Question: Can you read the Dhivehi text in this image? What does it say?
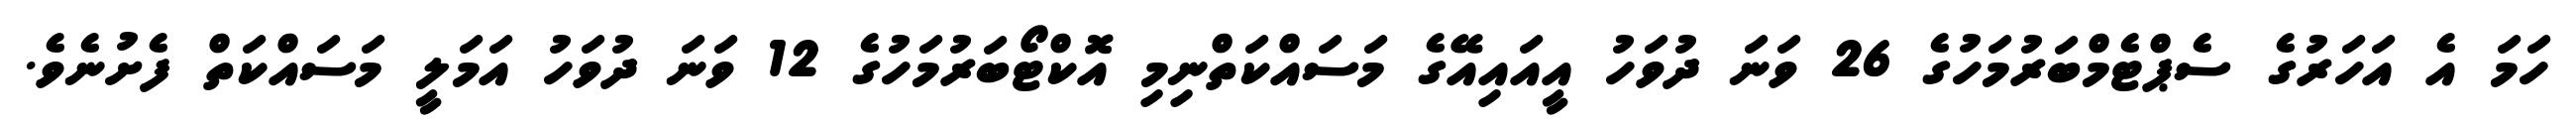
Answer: ހަމަ އެ އަހަރުގެ ސެޕްޓެމްބަރުމަހުގެ 26 ވަނަ ދުވަހު އީއައިއޭގެ މަސައްކަތްނިމި އޮކްޓޯބަރުމަހުގެ 12 ވަނަ ދުވަހު އަމަލީ މަސައްކަތް ފެށުނެވެ.